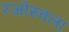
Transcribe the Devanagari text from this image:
रजोस्वला